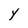
Character: Y